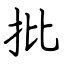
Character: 批